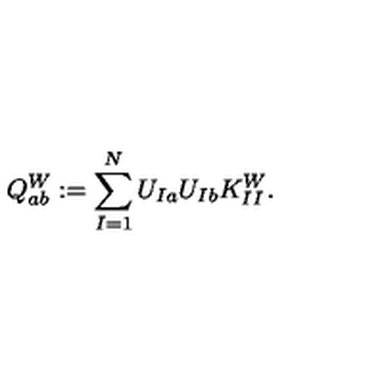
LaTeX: Q _ { a b } ^ { W } : = \sum _ { I = 1 } ^ { N } U _ { I a } U _ { I b } K _ { I I } ^ { W } .